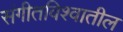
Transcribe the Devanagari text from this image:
संगीतविश्वातील